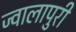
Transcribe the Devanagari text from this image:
ज्वालापुरी